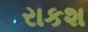
રાકશ